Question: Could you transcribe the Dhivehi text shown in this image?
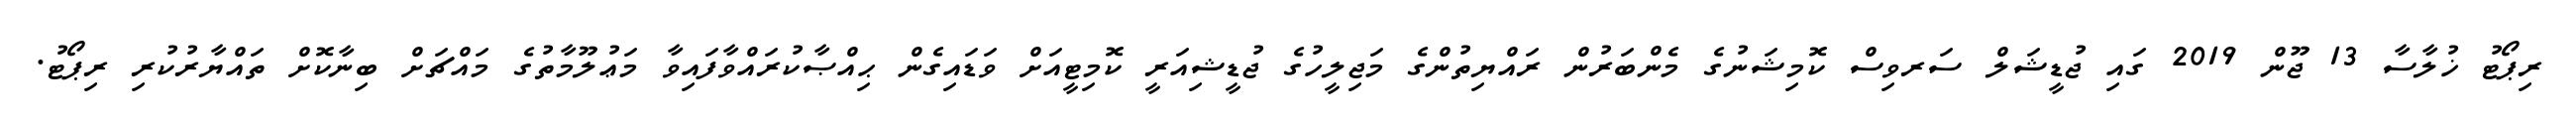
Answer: ރިޕޯޓު ޚުލާސާ 13 ޖޫން 2019 ގައި ޖުޑީޝަލް ސަރވިސް ކޮމިޝަނުގެ މެންބަރުން ރައްޔިތުންގެ މަޖިލީހުގެ ޖުޑީޝިއަރީ ކޮމިޓީއަށް ވަޑައިގެން ޙިއްޞާކުރައްވާފައިވާ މަޢުލޫމާތުގެ މައްޗަށް ބިނާކޮށް ތައްޔާރުކުރި ރިޕޯޓު.